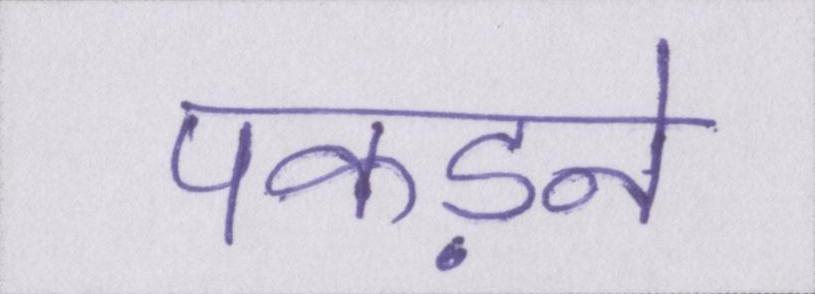
पकड़ने